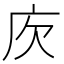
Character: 𢇣